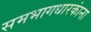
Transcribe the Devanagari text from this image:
समभागधारकांना